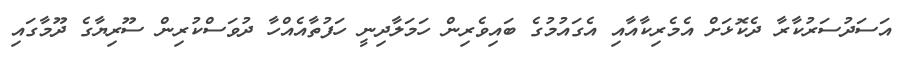
އަސަދުސަރުކާރާ ދެކޮޅަށް އެމެރިކާއާއި އެގައުމުގެ ބައިވެރިން ހަމަލާދިނީ ހަފުތާއެއްހާ ދުވަސްކުރިން ސޫރިޔާގެ ދޫމާގައި